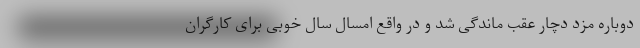
دوباره مزد دچار عقب ماندگی شد و در واقع امسال سال خوبی برای کارگران